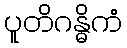
ပူတိဂန္ဓိကံ